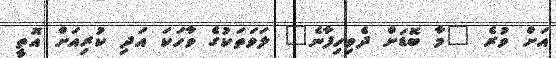
އަށް ވުރެ "މާ ބޮޑަށް ދެވިހިފާނެ" ލަވަތަކުގެ ވާހަކަ އަދި ކުރިއަށް އޮތީ